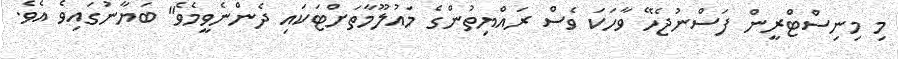
މި މިނިސްޓްރީން ފަސްނުޖެހޭ ވާހަކަ ވެސް ރައްޔިތުންގެ މައުލޫމާތަށްޓަކައި ދެންނެވީމެވެ" ބަޔާނުގައިވެ އެވެ.